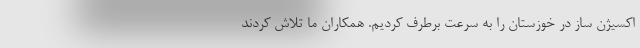
اکسیژن ساز در خوزستان را به سرعت برطرف کردیم. همکاران ما تلاش کردند